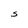
Character: S